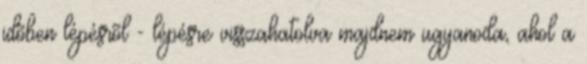
idõben lépésrõl - lépésre visszahatolva majdnem ugyanoda, ahol a